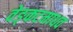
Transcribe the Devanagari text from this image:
वेङ्कटमाधव